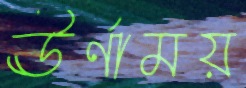
ঊর্ণাময়